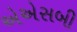
એએસબી